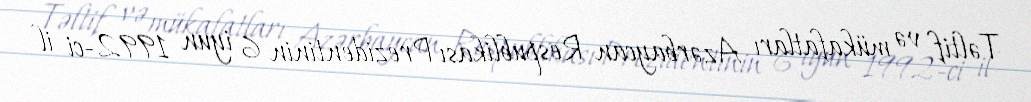
Təltif və mükafatları Azərbaycan Respublikası Prezidentinin 6 iyun 1992-ci il